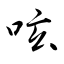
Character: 呟